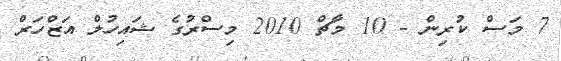
7 މަސް ކުރިން - 10 މާޗް 2010 މިސްރުގެ ޝައިހުލް އަޒްހަރް